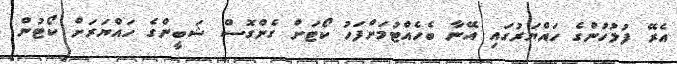
އެރޭ ފުލުހުންގެ ހައްޔަރުގައި އޭނާ ބެހެއްޓުމަށްފަހު ކޯޓަށް ގެންގޮސް ޝަބީންގެ ހައްޔަރަށް ކޯޓުން